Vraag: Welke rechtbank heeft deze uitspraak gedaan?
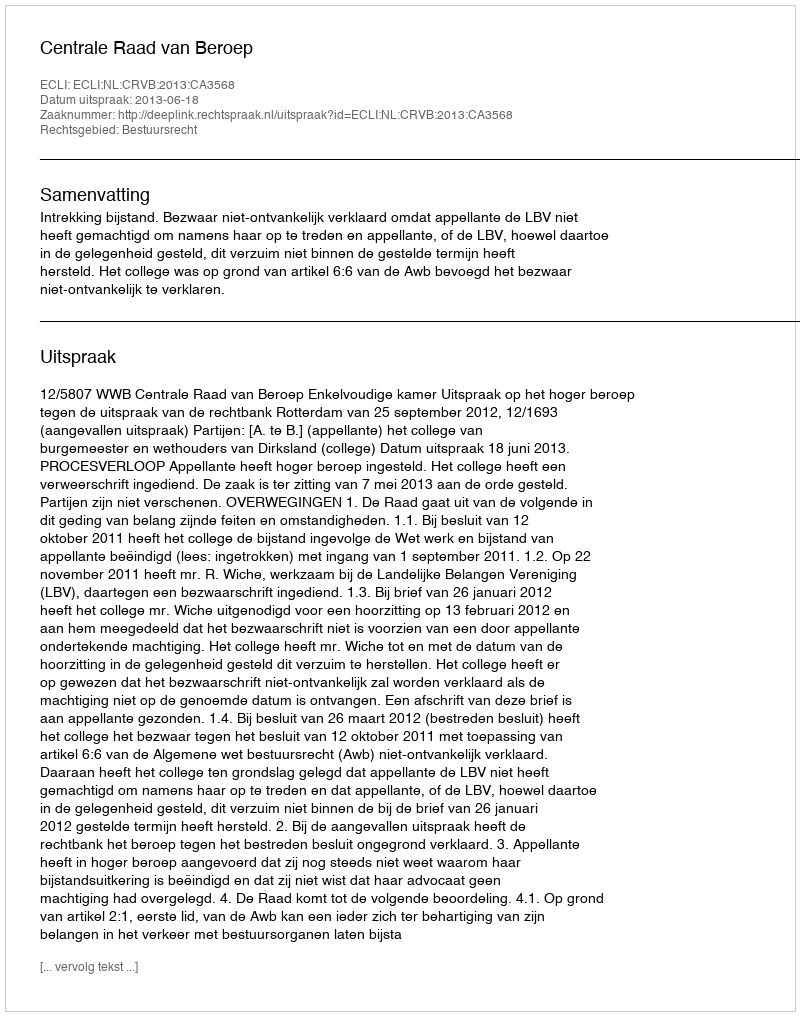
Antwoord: Centrale Raad van Beroep